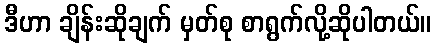
ဒီဟာ ချိန်းဆိုချက် မှတ်စု စာရွက်လို့ဆိုပါတယ်။